Document type: bank_statement
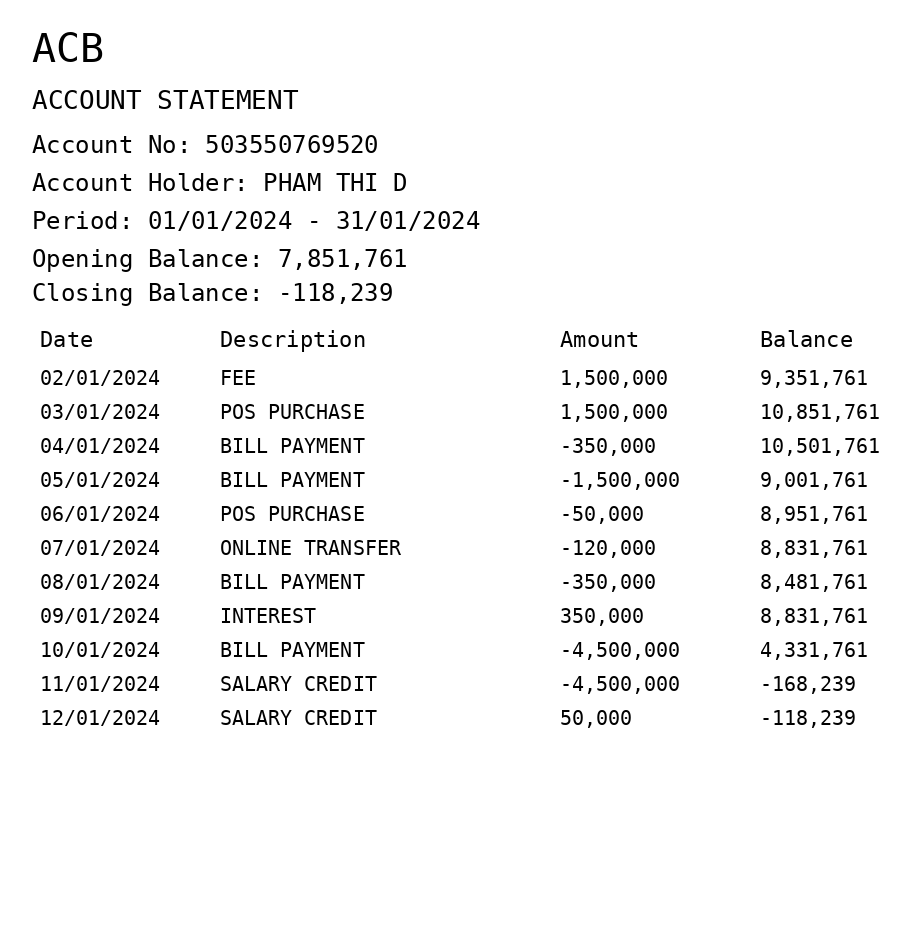
OCR transcript:
ACB
ACCOUNT STATEMENT
Account No: 503550769520
Account Holder: PHAM THI D
Period: 01/01/2024 - 31/01/2024
Opening Balance: 7,851,761
Closing Balance: -118,239
Date
Description
Amount
Balance
02/01/2024
FEE
1,500,000
9,351,761
03/01/2024
POS PURCHASE
1,500,000
10,851,761
04/01/2024
BILL PAYMENT
-350,000
10,501,761
05/01/2024
BILL PAYMENT
-1,500,000
9,001,761
06/01/2024
POS PURCHASE
-50,000
8,951,761
07/01/2024
ONLINE TRANSFER
-120,000
8,831,761
08/01/2024
BILL PAYMENT
-350,000
8,481,761
09/01/2024
INTEREST
350,000
8,831,761
10/01/2024
BILL PAYMENT
-4,500,000
4,331,761
11/01/2024
SALARY CREDIT
-4,500,000
-168,239
12/01/2024
SALARY CREDIT
50,000
-118,239
Extracted fields:
bank_name: acb
account_number: 503550769520
account_holder: pham thi d
statement_period: 01/01/2024 - 31/01/2024
opening_balance: 7851761
closing_balance: -118239
transactions: date: 2024-01-02
description: fee
amount: 1500000
balance: 9351761
date: 2024-01-03
description: pos purchase
amount: 1500000
balance: 10851761
date: 2024-01-04
description: bill payment
amount: -350000
balance: 10501761
date: 2024-01-05
description: bill payment
amount: -1500000
balance: 9001761
date: 2024-01-06
description: pos purchase
amount: -50000
balance: 8951761
date: 2024-01-07
description: online transfer
amount: -120000
balance: 8831761
date: 2024-01-08
description: bill payment
amount: -350000
balance: 8481761
date: 2024-01-09
description: interest
amount: 350000
balance: 8831761
date: 2024-01-10
description: bill payment
amount: -4500000
balance: 4331761
date: 2024-01-11
description: salary credit
amount: -4500000
balance: -168239
date: 2024-01-12
description: salary credit
amount: 50000
balance: -118239